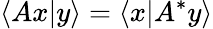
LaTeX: \langle Ax|y\rangle=\left\langle x|A^{*}y\right\rangle